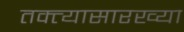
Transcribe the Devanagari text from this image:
तक्त्यासारख्या